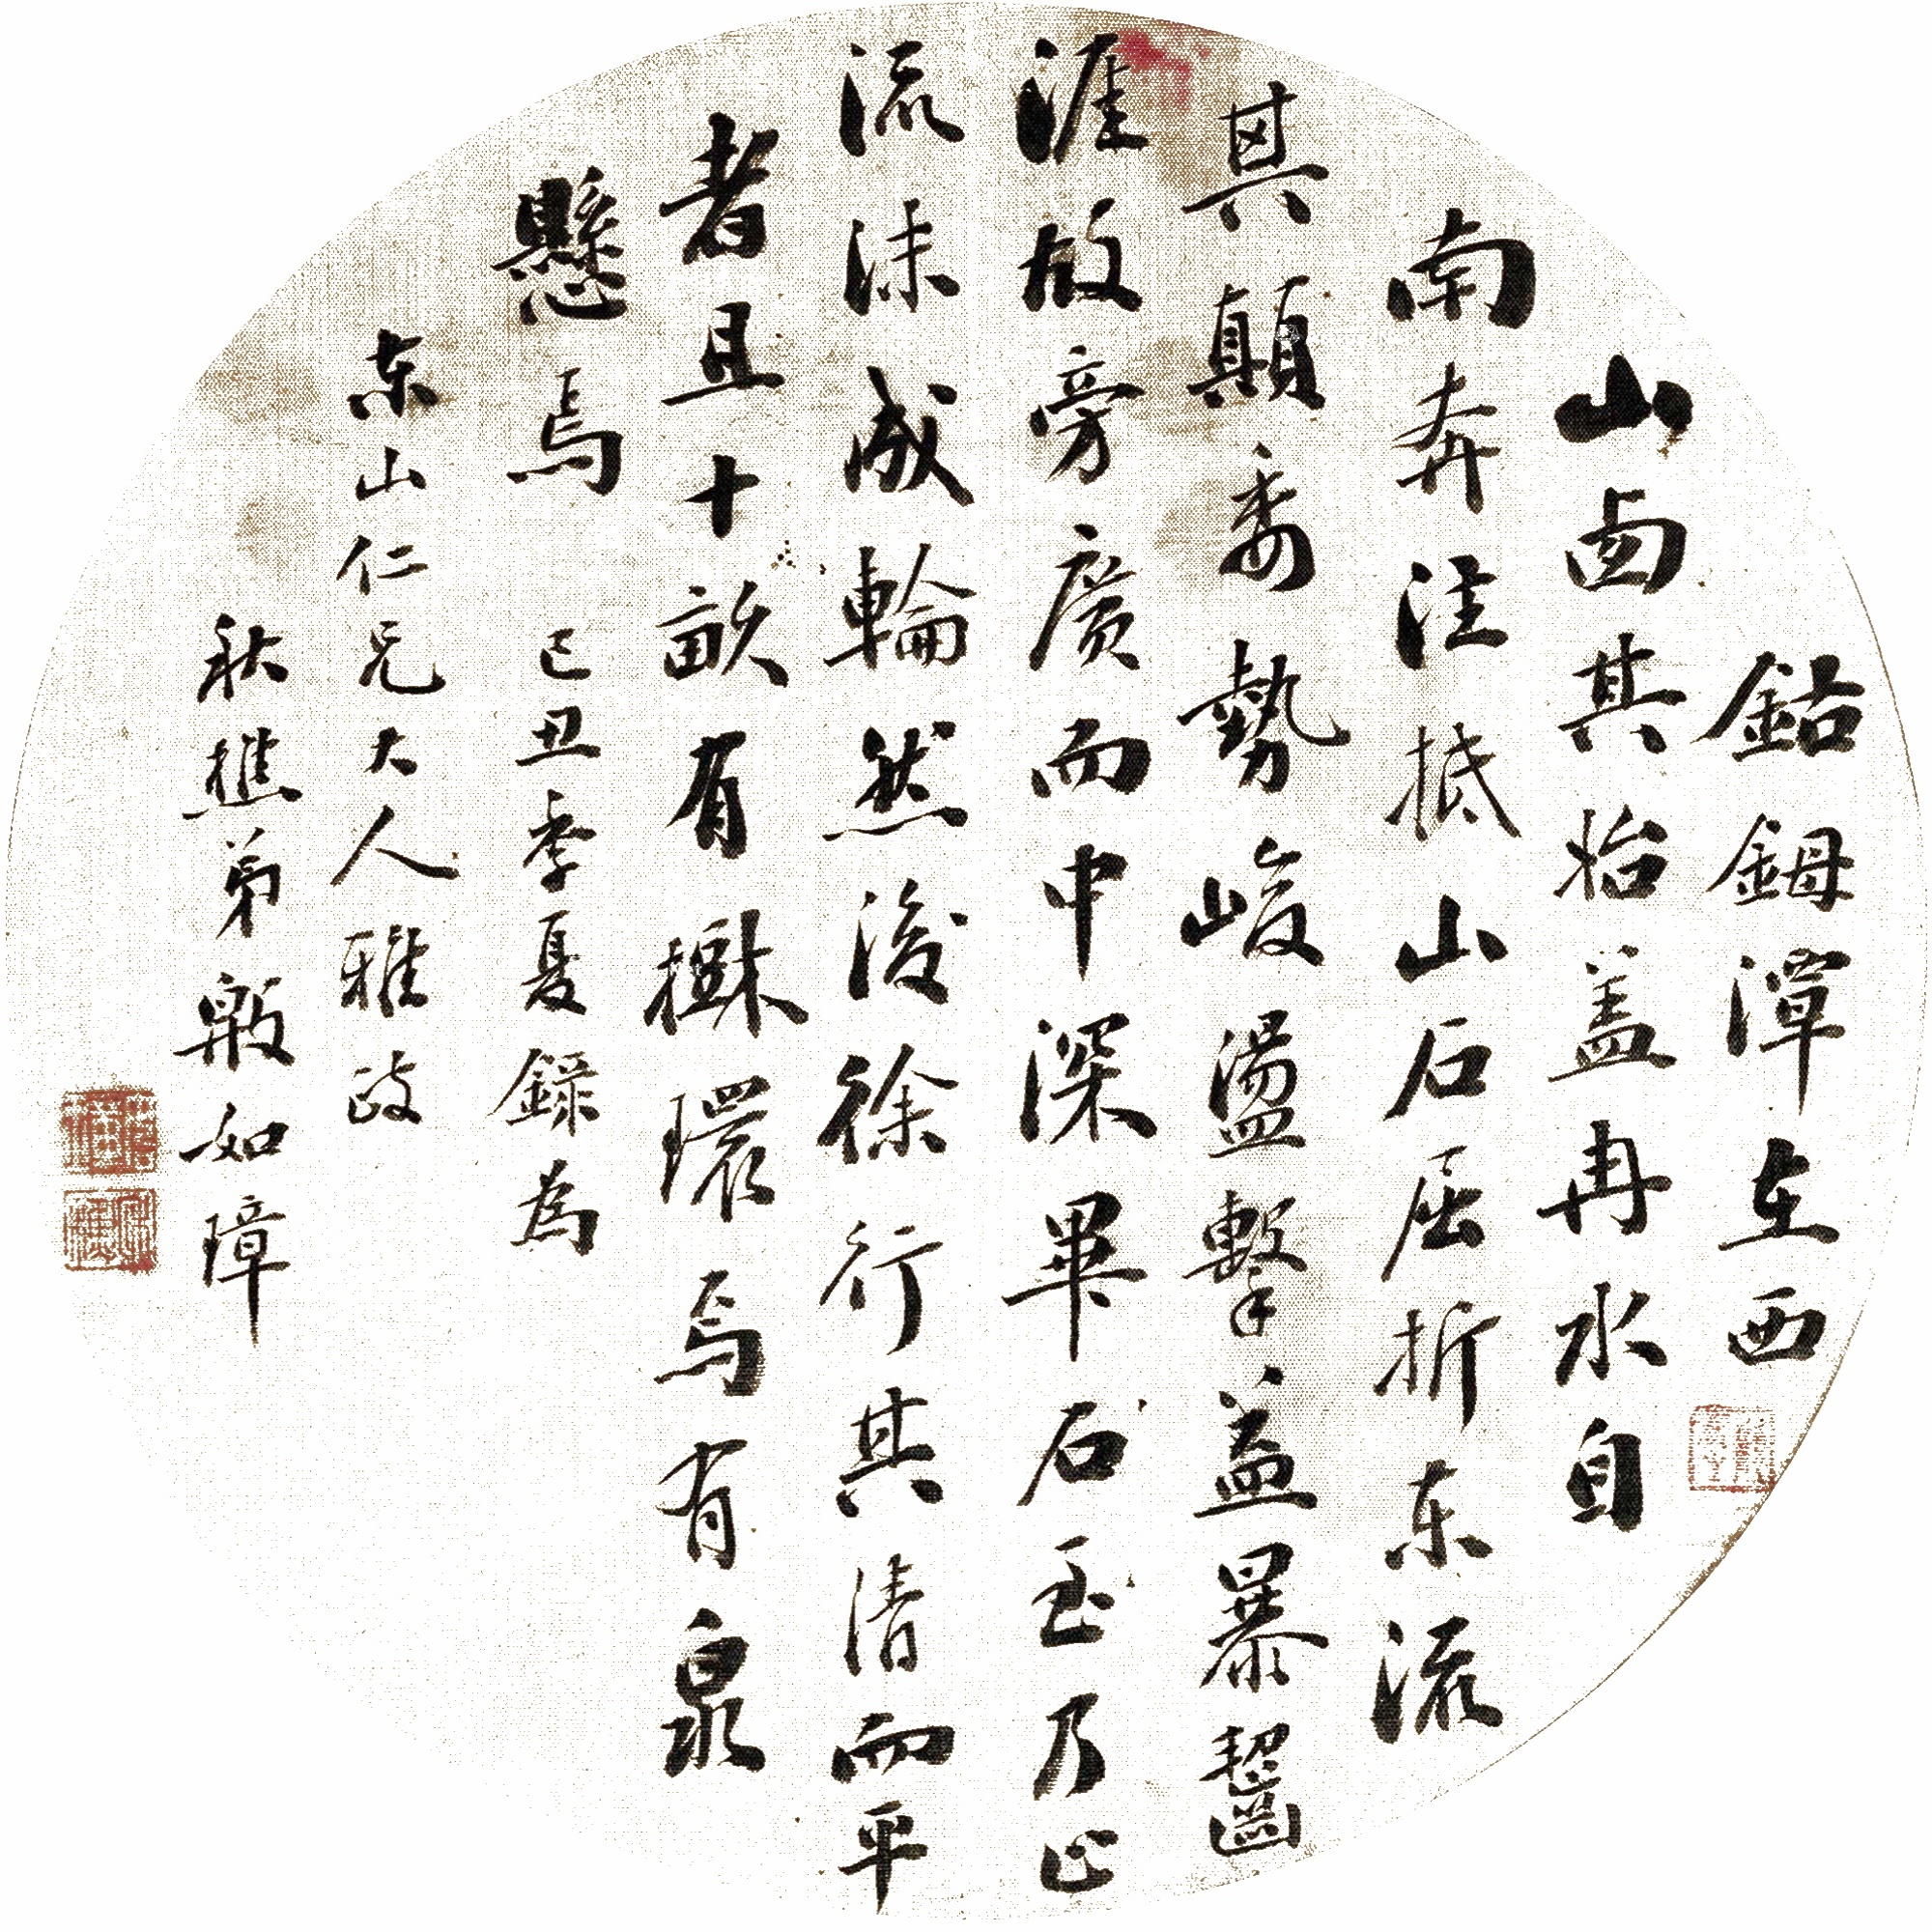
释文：钴潭，在西山西。其始盖冉水自南奔注，抵山石，屈折东流，其颠委势峻，荡击益暴，啮其涯，故旁广而中深，毕至石乃止，流沫成轮，而后徐行。其清而平者，且十亩。有树环焉，有泉悬焉。己丑季夏，录为东山仁兄大人雅政，秋樵弟殷如璋。